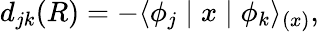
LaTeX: d_{jk}(R)=-\langle\phi_{j}\mid x\mid\phi_{k}\rangle_{(x)},